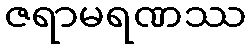
ဇရာမရဏဿ